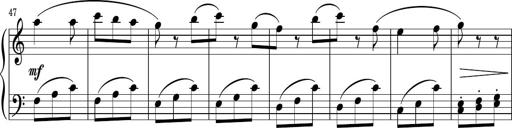
Title: Sonatina PandemÃ³nium
Composer: VÃ­ctor Carbajo
Key: C major